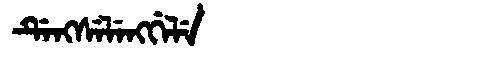
Manchu: ᡩᡝᠩᠰᡝᠯᡝᠩᡤᡝᠯᡝ
Romanization: DENGSELENGGELE